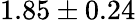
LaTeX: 1.85\pm 0.24